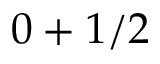
0 + 1 / 2